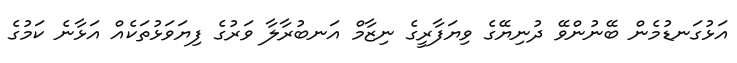
އަޅުގަނޑުމެން ބޭނުންވޭ ދުނިޔޭގެ ވިޔަފާރީގެ ނިޒާމް އަނބުރާލާ ވަރުގެ ފިޔަވަޅުތަކެއް އަޅާނެ ކަމުގެ